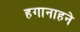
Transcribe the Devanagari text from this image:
हगानाहने